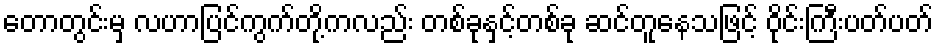
တောတွင်းမှ လဟာပြင်ကွက်တို့ကလည်း တစ်ခုနှင့်တစ်ခု ဆင်တူနေသဖြင့် ဝိုင်းကြီးပတ်ပတ်